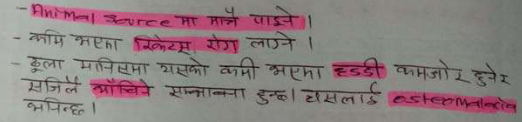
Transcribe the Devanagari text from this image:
- Animal source मा मात्रै पाइने ।
- कमि भएका रिकेट्स रोग लाग्ने ।
- ठूला मानिसमा यसको कमी भएमा हड्‌डी कमजोर हुनेर सजिलै भाँचिने सम्भावना हुन्छ । दासलाई osteomalacia भनिन्छ ।